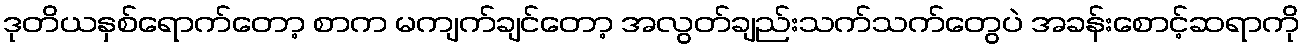
ဒုတိယနှစ်ရောက်တော့ စာက မကျက်ချင်တော့ အလွတ်ချည်းသက်သက်တွေပဲ အခန်းစောင့်ဆရာကို